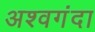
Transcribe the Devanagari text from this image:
अश्वगंदा